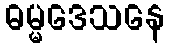
ဓမ္မဒေသနေ